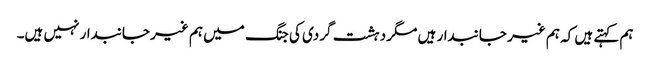
ہم کہتے ہیں کہ ہم غیر جانبدار ہیں مگر دہشت گردی کی جنگ میں ہم غیر جانبدار نہیں ہیں۔